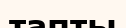
тапты